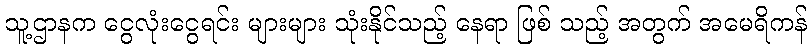
သူ့ဌာနက ငွေလုံးငွေရင်း များများ သုံးနိုင်သည့် နေရာ ဖြစ် သည့် အတွက် အမေရိကန်